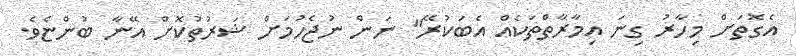
އެގޮތަށް މިހާރު ގިނަ އިމާރާތްތަކެއް އެބަކުރޭ" ނަން ނުޖެހުމަށް ޝަރުތުކޮށް އޭނާ ބުންޏެވެ.